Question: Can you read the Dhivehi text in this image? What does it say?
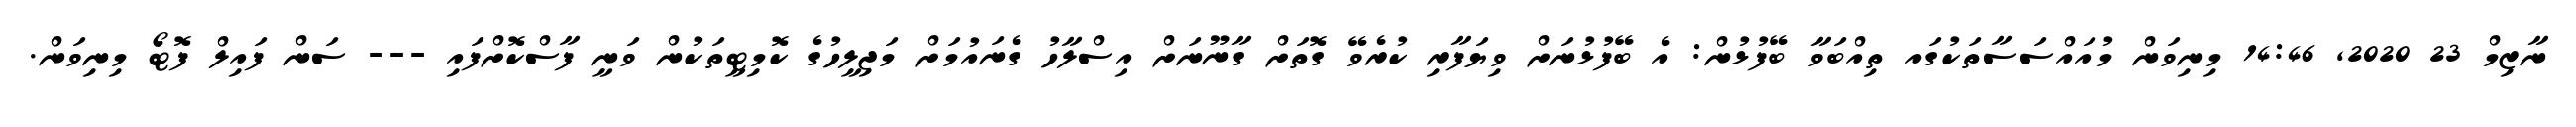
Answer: ނާޒިމް 23 2020, 14:46 މިނިވަން މުއައްސަސާތަކުގައ ތިއްބަވާ ބޭފުޅުން: އެ ބޭފުޅުނަށް ވިޔަފާރި ކުރެވޭ ގޮތަށް ގާނޫނަށް އިސްލާހު ގެނައުމަށް މަޖިލީހުގެ ކޮމިޓީތަކުން ވަނީ ފާސްކޮށްފައި --- ސަން ފައިލް ފޮޓޯ މިނިވަން.